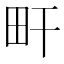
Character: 𤰟